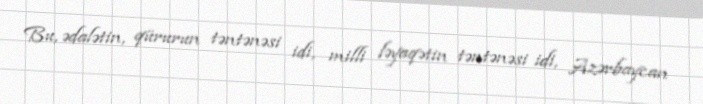
Bu, ədalətin, qürurun təntənəsi idi, milli ləyaqətin təntənəsi idi, Azərbaycan